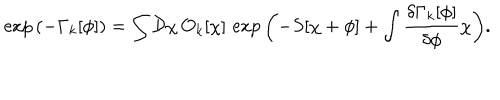
LaTeX: \exp { \left( - \Gamma _ { k } [ \phi ] \right) } = \int { \mathcal D } \chi \, { \mathcal O } _ { k } [ \chi ] \, \exp { \left( - S [ \chi + \phi ] + \int \frac { \delta \Gamma _ { k } [ \phi ] } { \delta \phi } \chi \right) } .